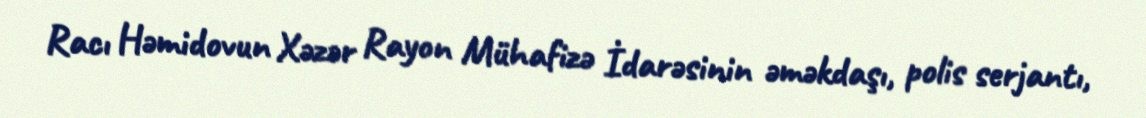
Racı Həmidovun Xəzər Rayon Mühafizə İdarəsinin əməkdaşı, polis serjantı,